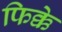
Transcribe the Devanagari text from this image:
फिक्के